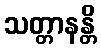
သတ္တာနန္တိ